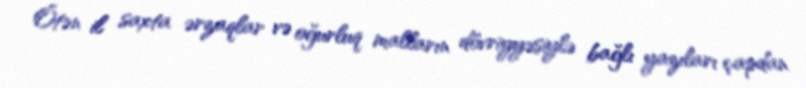
Ötən il saxta ərzaqlar və oğurluq malların dövriyyəsiylə bağlı yazıları çapdan